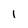
Character: 1